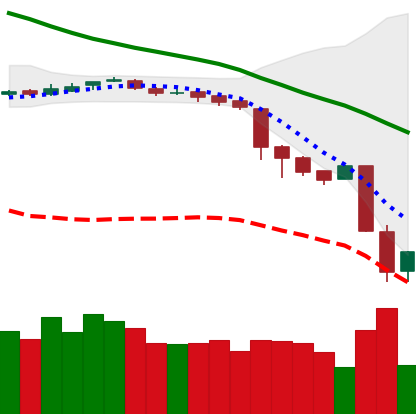
Ticker: BNB-USD
Chart end date: 2018-11-21
Forward return: -20.529%
Label: down_7plus